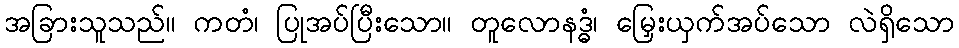
အခြားသူသည်။ ကတံ၊ ပြုအပ်ပြီးသော။ တူလောနဒ္ဓံ၊ မြှေးယှက်အပ်သော လဲရှိသော